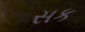
સક